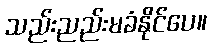
သည်းညည်းမခံနိုင်ပေ။